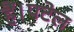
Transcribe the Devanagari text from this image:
हैं।पटेल